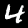
Label: 4